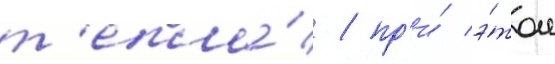
т'епла́ / пр'и́ э́том